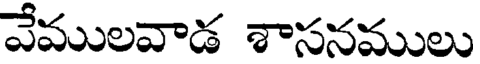
వేములవాడ శాసనములు